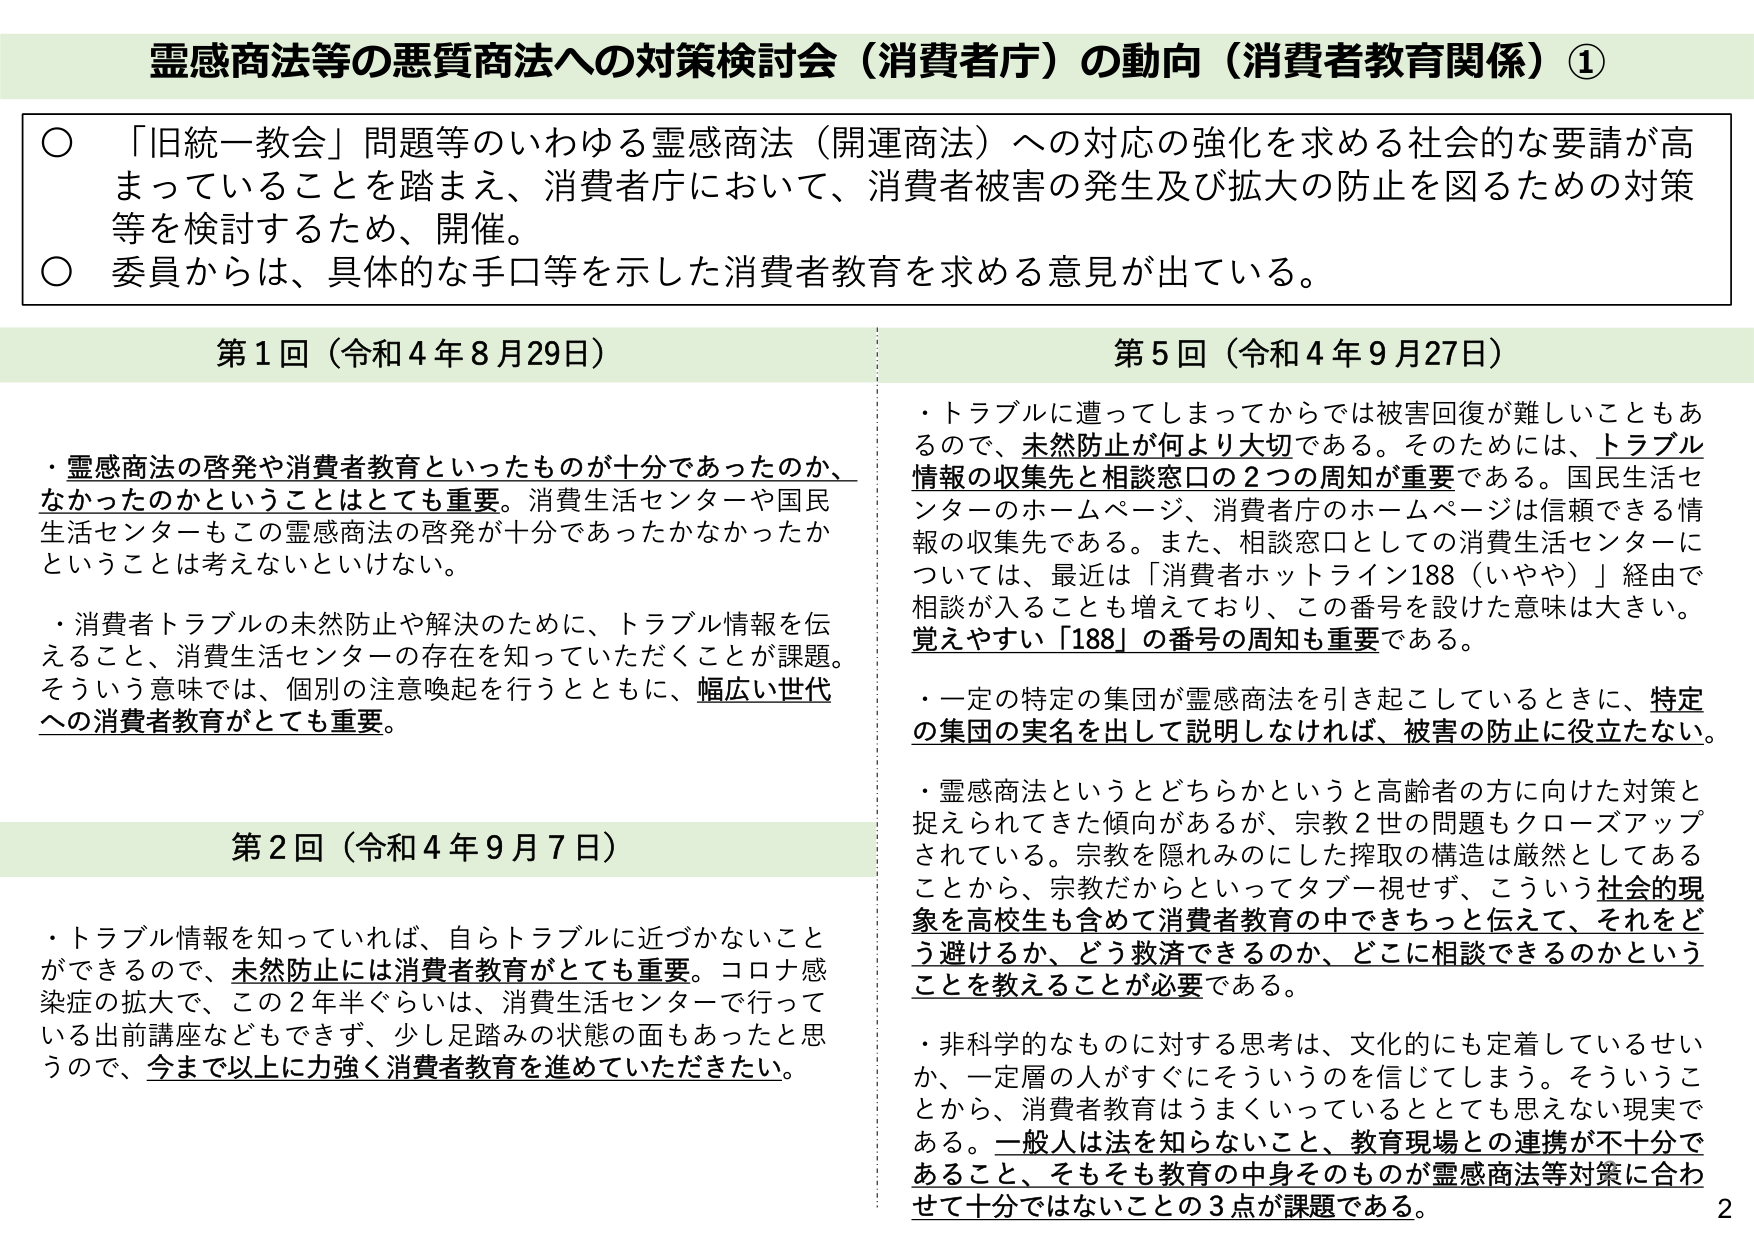
霊感商法等の悪質商法への対策検討会（消費者庁）の動向（消費者教育関係）①

○ 「旧統一教会」問題等のいわゆる霊感商法（開運商法）への対応の強化を求める社会的な要請が高まっていることを踏まえ、消費者庁において、消費者被害の発生及び拡大の防止を図るための対策等を検討するため、開催。
○ 委員からは、具体的な手口等を示した消費者教育を求める意見が出ている。

第1回（令和4年8月29日）

・霊感商法の啓発や消費者教育といったものが十分であったのか、なかったのかということはとても重要。消費生活センターや国民生活センターもこの霊感商法の啓発が十分であったかなかったかということは考えないといけない。
・消費者トラブルの未然防止や解決のために、トラブル情報を伝えること、消費生活センターの存在を知っていただくことが課題。そういう意味では、個別の注意喚起を行うとともに、幅広い世代への消費者教育がとても重要。

第2回（令和4年9月7日）

・トラブル情報を知っていれば、自らトラブルに近づかないことができるのでき、未然防止には消費者教育がとても重要。コロナ感染症の拡大で、この2年半ぐらいは、消費生活センターで行っている出前講座などもできず、少し足踏みの状態の面もあったと思うので、今まで以上に力強く消費者教育を進めていただきたい。

第5回（令和4年9月27日）

・トラブルに遭ってしまってからでは被害回復が難しいこともあるので、未然防止が何より大切である。そのためには、トラブル情報の収集先と相談窓口の2つの周知が重要である。国民生活センターのホームページ、消費者庁のホームページは信頼できる情報の収集先である。また、相談窓口としての消費生活センターについては、最近は「消費者ホットライン188（いやや）」経由で相談が入ることも増えており、この番号を設けた意味は大きい。覚えやすい「188」の番号の周知も重要である。
・一定の特定の集団が霊感商法を引き起こしているときに、特定の集団の実名を出して説明しなければ、被害の防止に役立たない。
・霊感商法というとどちらかというと高齢者の方に向けた対策と捉えられてきた傾向があるが、宗教2世の問題もクローズアップされている。宗教を隠れみのにした搾取の構造は厳然としてあることから、宗教だからといってタブー視せず、こういう社会的現象を高校生も含めて消費者教育の中できちっと伝えて、それをどう避けるか、どう救済できるのか、どこに相談できるのかということを教えることが必要である。
・非科学的なものに対する思考は、文化的にも定着しているせいか、一定層の人がすぐにそういうのを信じてしまう。そういうことから、消費者教育はうまくいっているととても思えない現実である。一般人は法を知らないこと、教育現場との連携が不十分であること、そもそも教育の中身そのものが霊感商法等対策に合わせて十分ではないことの3点が課題である。

2